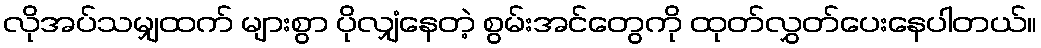
လိုအပ်သမျှထက် များစွာ ပိုလျှံနေတဲ့ စွမ်းအင်တွေကို ထုတ်လွှတ်ပေးနေပါတယ်။